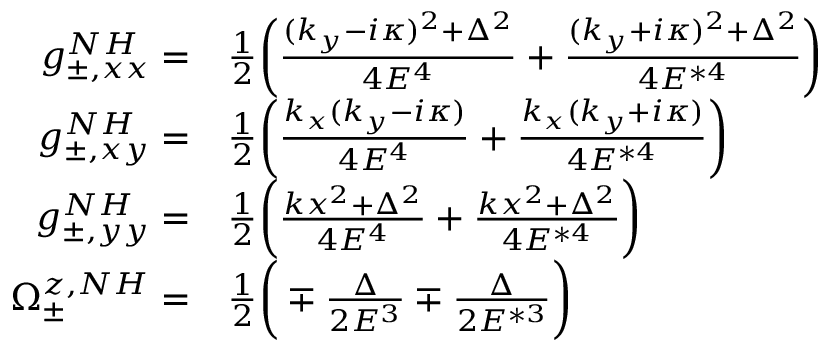
\begin{array} { r l } { g _ { \pm , x x } ^ { N H } = } & { \frac { 1 } { 2 } \bigg ( \frac { ( k _ { y } - i \kappa ) ^ { 2 } + \Delta ^ { 2 } } { 4 E ^ { 4 } } + \frac { ( k _ { y } + i \kappa ) ^ { 2 } + \Delta ^ { 2 } } { 4 E ^ { * 4 } } \bigg ) } \\ { g _ { \pm , x y } ^ { N H } = } & { \frac { 1 } { 2 } \bigg ( \frac { k _ { x } ( k _ { y } - i \kappa ) } { 4 E ^ { 4 } } + \frac { k _ { x } ( k _ { y } + i \kappa ) } { 4 E ^ { * 4 } } \bigg ) } \\ { g _ { \pm , y y } ^ { N H } = } & { \frac { 1 } { 2 } \bigg ( \frac { k x ^ { 2 } + \Delta ^ { 2 } } { 4 E ^ { 4 } } + \frac { k x ^ { 2 } + \Delta ^ { 2 } } { 4 E ^ { * 4 } } \bigg ) } \\ { \Omega _ { \pm } ^ { z , N H } = } & { \frac { 1 } { 2 } \bigg ( \mp \frac { \Delta } { 2 E ^ { 3 } } \mp \frac { \Delta } { 2 E ^ { * 3 } } \bigg ) } \end{array}